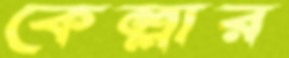
কেল্লার